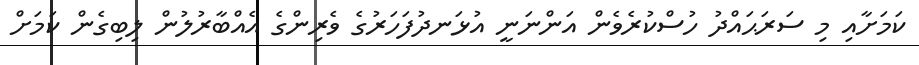
ކަމަށާއި މި ސަރަޙައްދު ހުސްކުރެވެން އަންނަނީ އުޅަނދުފަހަރުގެ ވެރިންގެ އެއްބާރުލުން ލިބިގެން ކަމަށް